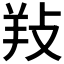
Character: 𢼝